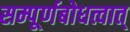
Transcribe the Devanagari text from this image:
सम्पूर्णबोधत्वात्